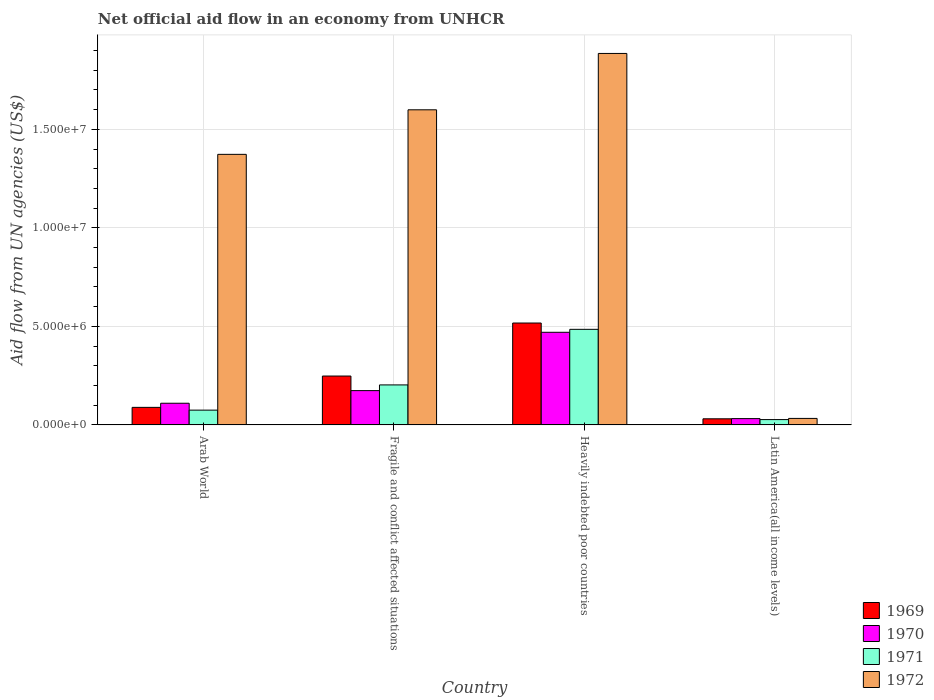
| Country | 1969 | 1970 | 1971 | 1972 |
 | --- | --- | --- | --- | --- |
 | Arab World | 8.9e+05 | 1.1e+06 | 7.5e+05 | 1.37e+07 |
 | Fragile and conflict affected situations | 2.48e+06 | 1.74e+06 | 2.03e+06 | 1.6e+07 |
 | Heavily indebted poor countries | 5.17e+06 | 4.7e+06 | 4.85e+06 | 1.88e+07 |
 | Latin America(all income levels) | 3.1e+05 | 3.2e+05 | 2.7e+05 | 3.3e+05 |